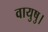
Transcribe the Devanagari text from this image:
वायुषु।